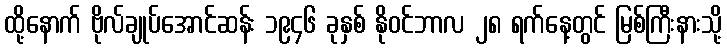
ထို့နောက် ဗိုလ်ချုပ်အောင်ဆန်း ၁၉၄၆ ခုနှစ် နိုဝင်ဘာလ ၂၈ ရက်နေ့တွင် မြစ်ကြီးနားသို့